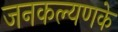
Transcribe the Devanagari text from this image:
जनकल्यणके